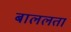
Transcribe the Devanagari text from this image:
बाललता